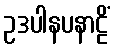
ဥဒပါနပနာဠိံ